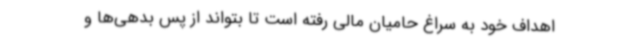
اهداف خود به سراغ حامیان مالی رفته است تا بتواند از پس بدهی‌ها و